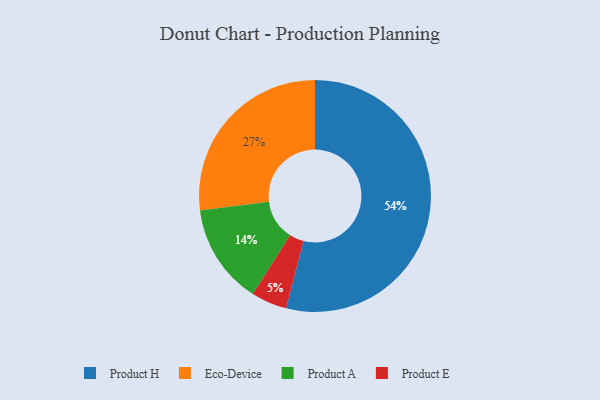
{"axis": {"x": "Category", "y": "Percentage"}, "legend": ["Eco-Device", "Product A", "Product E", "Product H"], "data": [{"x": "Product A", "y": 14, "type": "Product A"}, {"x": "Eco-Device", "y": 27, "type": "Eco-Device"}, {"x": "Product H", "y": 54, "type": "Product H"}, {"x": "Product E", "y": 5, "type": "Product E"}]}